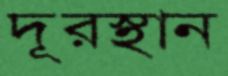
দূরস্থান